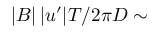
| B | \, | u ^ { \prime } | T / 2 \pi D \sim